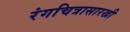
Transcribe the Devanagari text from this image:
रंगचित्रासारखी